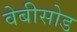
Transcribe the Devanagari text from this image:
वेबीसोड